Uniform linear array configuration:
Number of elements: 4
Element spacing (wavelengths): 0.75
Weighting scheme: cosine
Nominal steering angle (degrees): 30
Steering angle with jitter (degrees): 30.657
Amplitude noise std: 0.05
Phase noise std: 0.05

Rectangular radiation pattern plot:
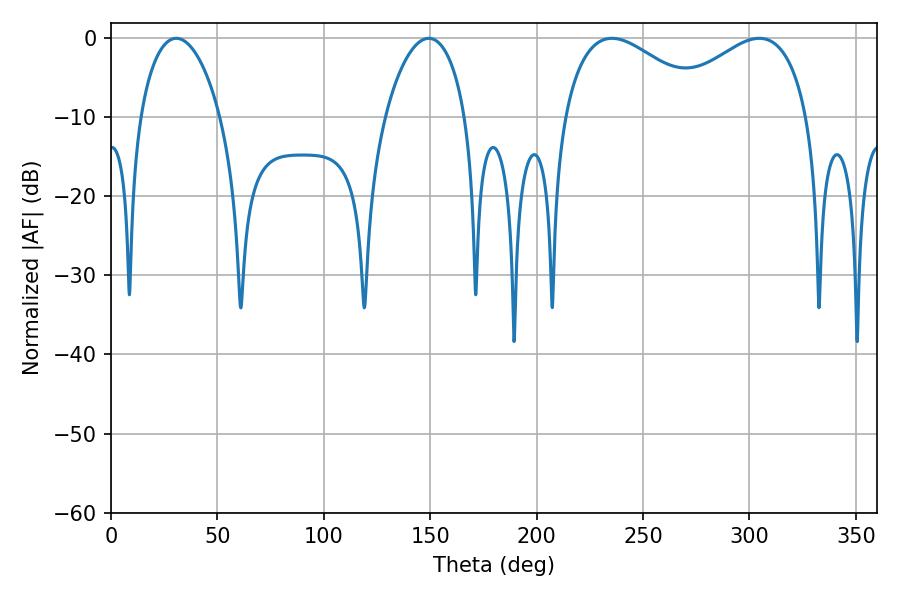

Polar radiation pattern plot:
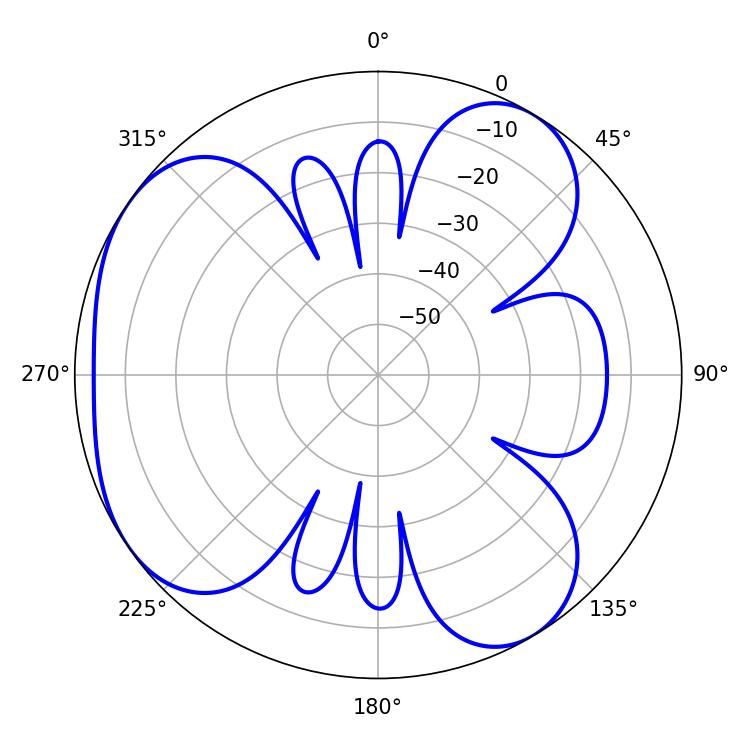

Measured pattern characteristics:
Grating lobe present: TRUE
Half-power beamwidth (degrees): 37.8
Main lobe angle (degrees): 235.44